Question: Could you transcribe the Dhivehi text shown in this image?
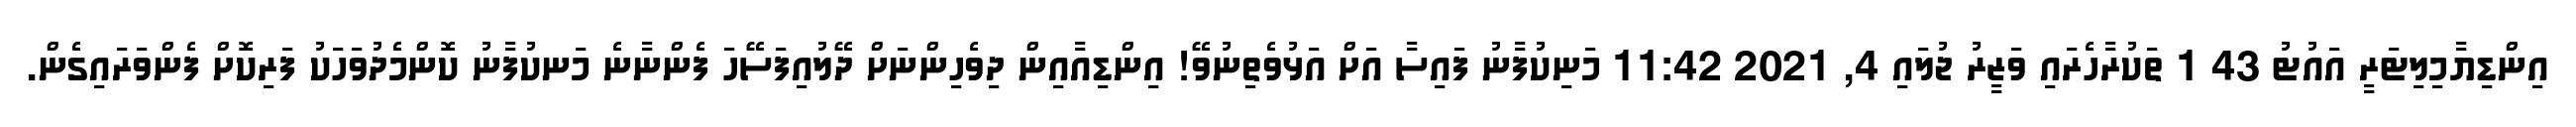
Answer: އިންޑިޔާމިލިޓަރީ އައުޓު 43 1 ތަކުރާހެރައި ވަޒީރު ޖުލައި 4, 2021 11:42 މަނިކުފާނު ފައިސާ އަށް އަޅުވެތިނުވޭ! އިންޑިއާއިން ދިވެހިންނަށް ދޭލުއިފަސޭހަ ފެންނާނެ މަނކުފާނު ކޮންމެދުވަހަކު ފަރިކޮށް ފެންވަރައިގެން.